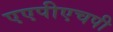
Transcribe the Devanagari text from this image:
एएपीएचपी